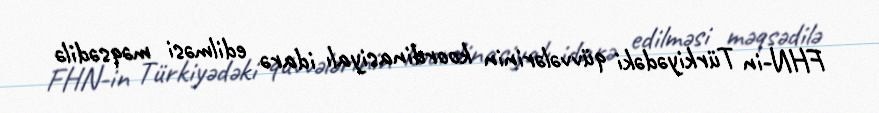
FHN-in Türkiyədəki qüvvələrinin koordinasiyalı idarə edilməsi məqsədilə